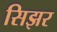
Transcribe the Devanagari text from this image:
सिझर